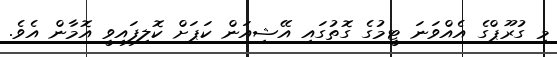
މި ގުރޫޕްގެ އެއްވަނަ ޓީމުގެ ގޮތުގައި އޭޝިއަން ކަޕަށް ކޮލިފައިވީ އޮމާން އެވެ.